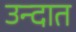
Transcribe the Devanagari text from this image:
उन्दात